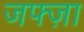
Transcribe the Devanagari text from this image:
जफ्ज़ा